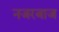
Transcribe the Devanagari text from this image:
नजरबाज